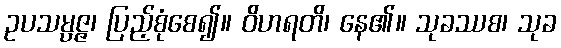
ဥပသမ္ပဇ္ဇ၊ ပြည့်စုံစေ၍။ ဝိဟရတိ၊ နေ၏။ သုခဿစ၊ သုခ